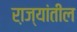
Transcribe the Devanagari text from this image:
रा़ज्यांतील